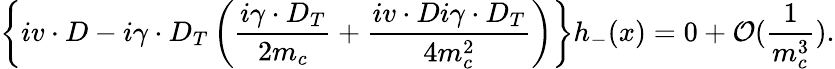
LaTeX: \left\{ iv\cdot D-i\gamma\cdot D_{T}\left(\frac{i\gamma\cdot D_{T}}{2m_{c}}+\frac{iv\cdot Di\gamma\cdot D_{T}}{4m_{c}^{2}}\right)\right\} h_{-}(x)=0+{\cal O}(\frac{1}{m_{c}^{3}}).